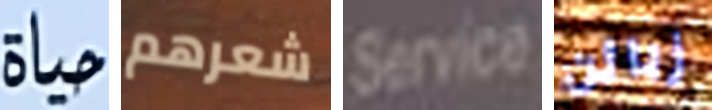
حياة شعرهم Service زبائن